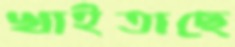
খাইতাছে